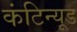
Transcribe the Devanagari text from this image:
कंटिन्यूड